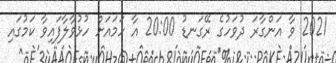
2021 ވާ އަންގާރަ ދުވަހުގެ ރޭގަނޑު 20:00 އާ ހަމައަށް ހުޅުވާލާފައިވާ ކަމުގައި